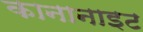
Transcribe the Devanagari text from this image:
कानानाइट